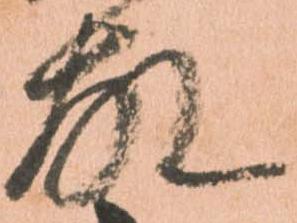
故